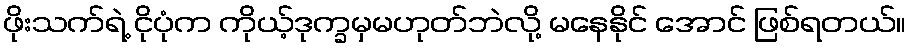
ဖိုးသက်ရဲ့ ငိုပုံက ကိုယ့်ဒုက္ခမှမဟုတ်ဘဲလို့ မနေနိုင် အောင် ဖြစ်ရတယ်။